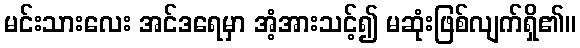
မင်းသားလေး အင်ဒရေမှာ အံ့အားသင့်၍ မဆုံးဖြစ်လျက်ရှိ၏။